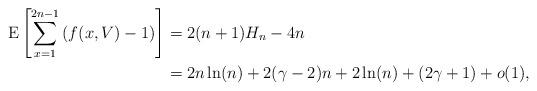
LaTeX: \begin{align*}\operatorname*{E}\left[{\displaystyle\sum\limits_{x=1}^{2n-1}}\left( f(x,V)-1\right) \right] & =2(n+1)H_{n}-4n\\& =2n\ln(n)+2(\gamma-2)n+2\ln(n)+(2\gamma+1)+o(1),\end{align*}